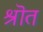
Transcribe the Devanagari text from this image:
श्रॊत